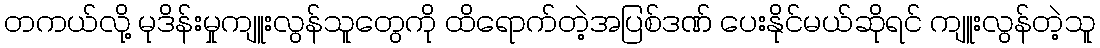
တကယ်လို့ မုဒိန်းမှုကျူးလွန်သူတွေကို ထိရောက်တဲ့အပြစ်ဒဏ် ပေးနိုင်မယ်ဆိုရင် ကျူးလွန်တဲ့သူ